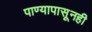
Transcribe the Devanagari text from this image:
पाण्यापासूनही